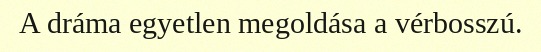
A dráma egyetlen megoldása a vérbosszú.